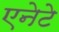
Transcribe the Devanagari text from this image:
एनेटे